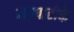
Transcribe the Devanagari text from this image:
व्‍यापारीके